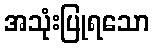
အသုံးပြုရသော